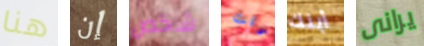
هنا إن شخص قلت أبنك يرانى